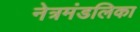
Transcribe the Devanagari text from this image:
नेत्रमंडलिका